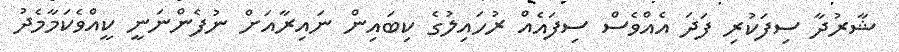
ޝާރުދާ ސިފަކުރި ފަދަ އެއްވެސް ސިފައެއް ރުހައިލުގެ ކިބައިން ނައިރާއަށް ނުފެންނަނީ ކީއްވެކަމާމެދު